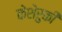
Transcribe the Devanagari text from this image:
केशेरुकी